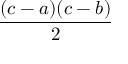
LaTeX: \frac { ( c - a ) ( c - b ) } { 2 }